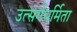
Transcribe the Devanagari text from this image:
उत्सर्गधर्मिता